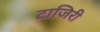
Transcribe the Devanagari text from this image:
टाजिरी